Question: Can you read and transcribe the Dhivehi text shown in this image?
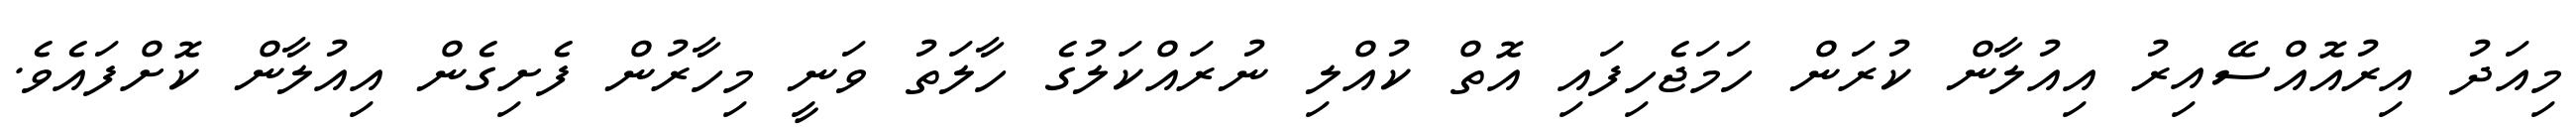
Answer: މިއަދު އިރުއޮއްސޭއިރު އިއުލާން ކުރަން ހަމަޖެހިފައި އޮތް ކުއްލި ނުރައްކަލުގެ ހާލަތު ވަނީ މިހާރުން ފެށިގެން އިއުލާން ކޮށްފައެވެ.